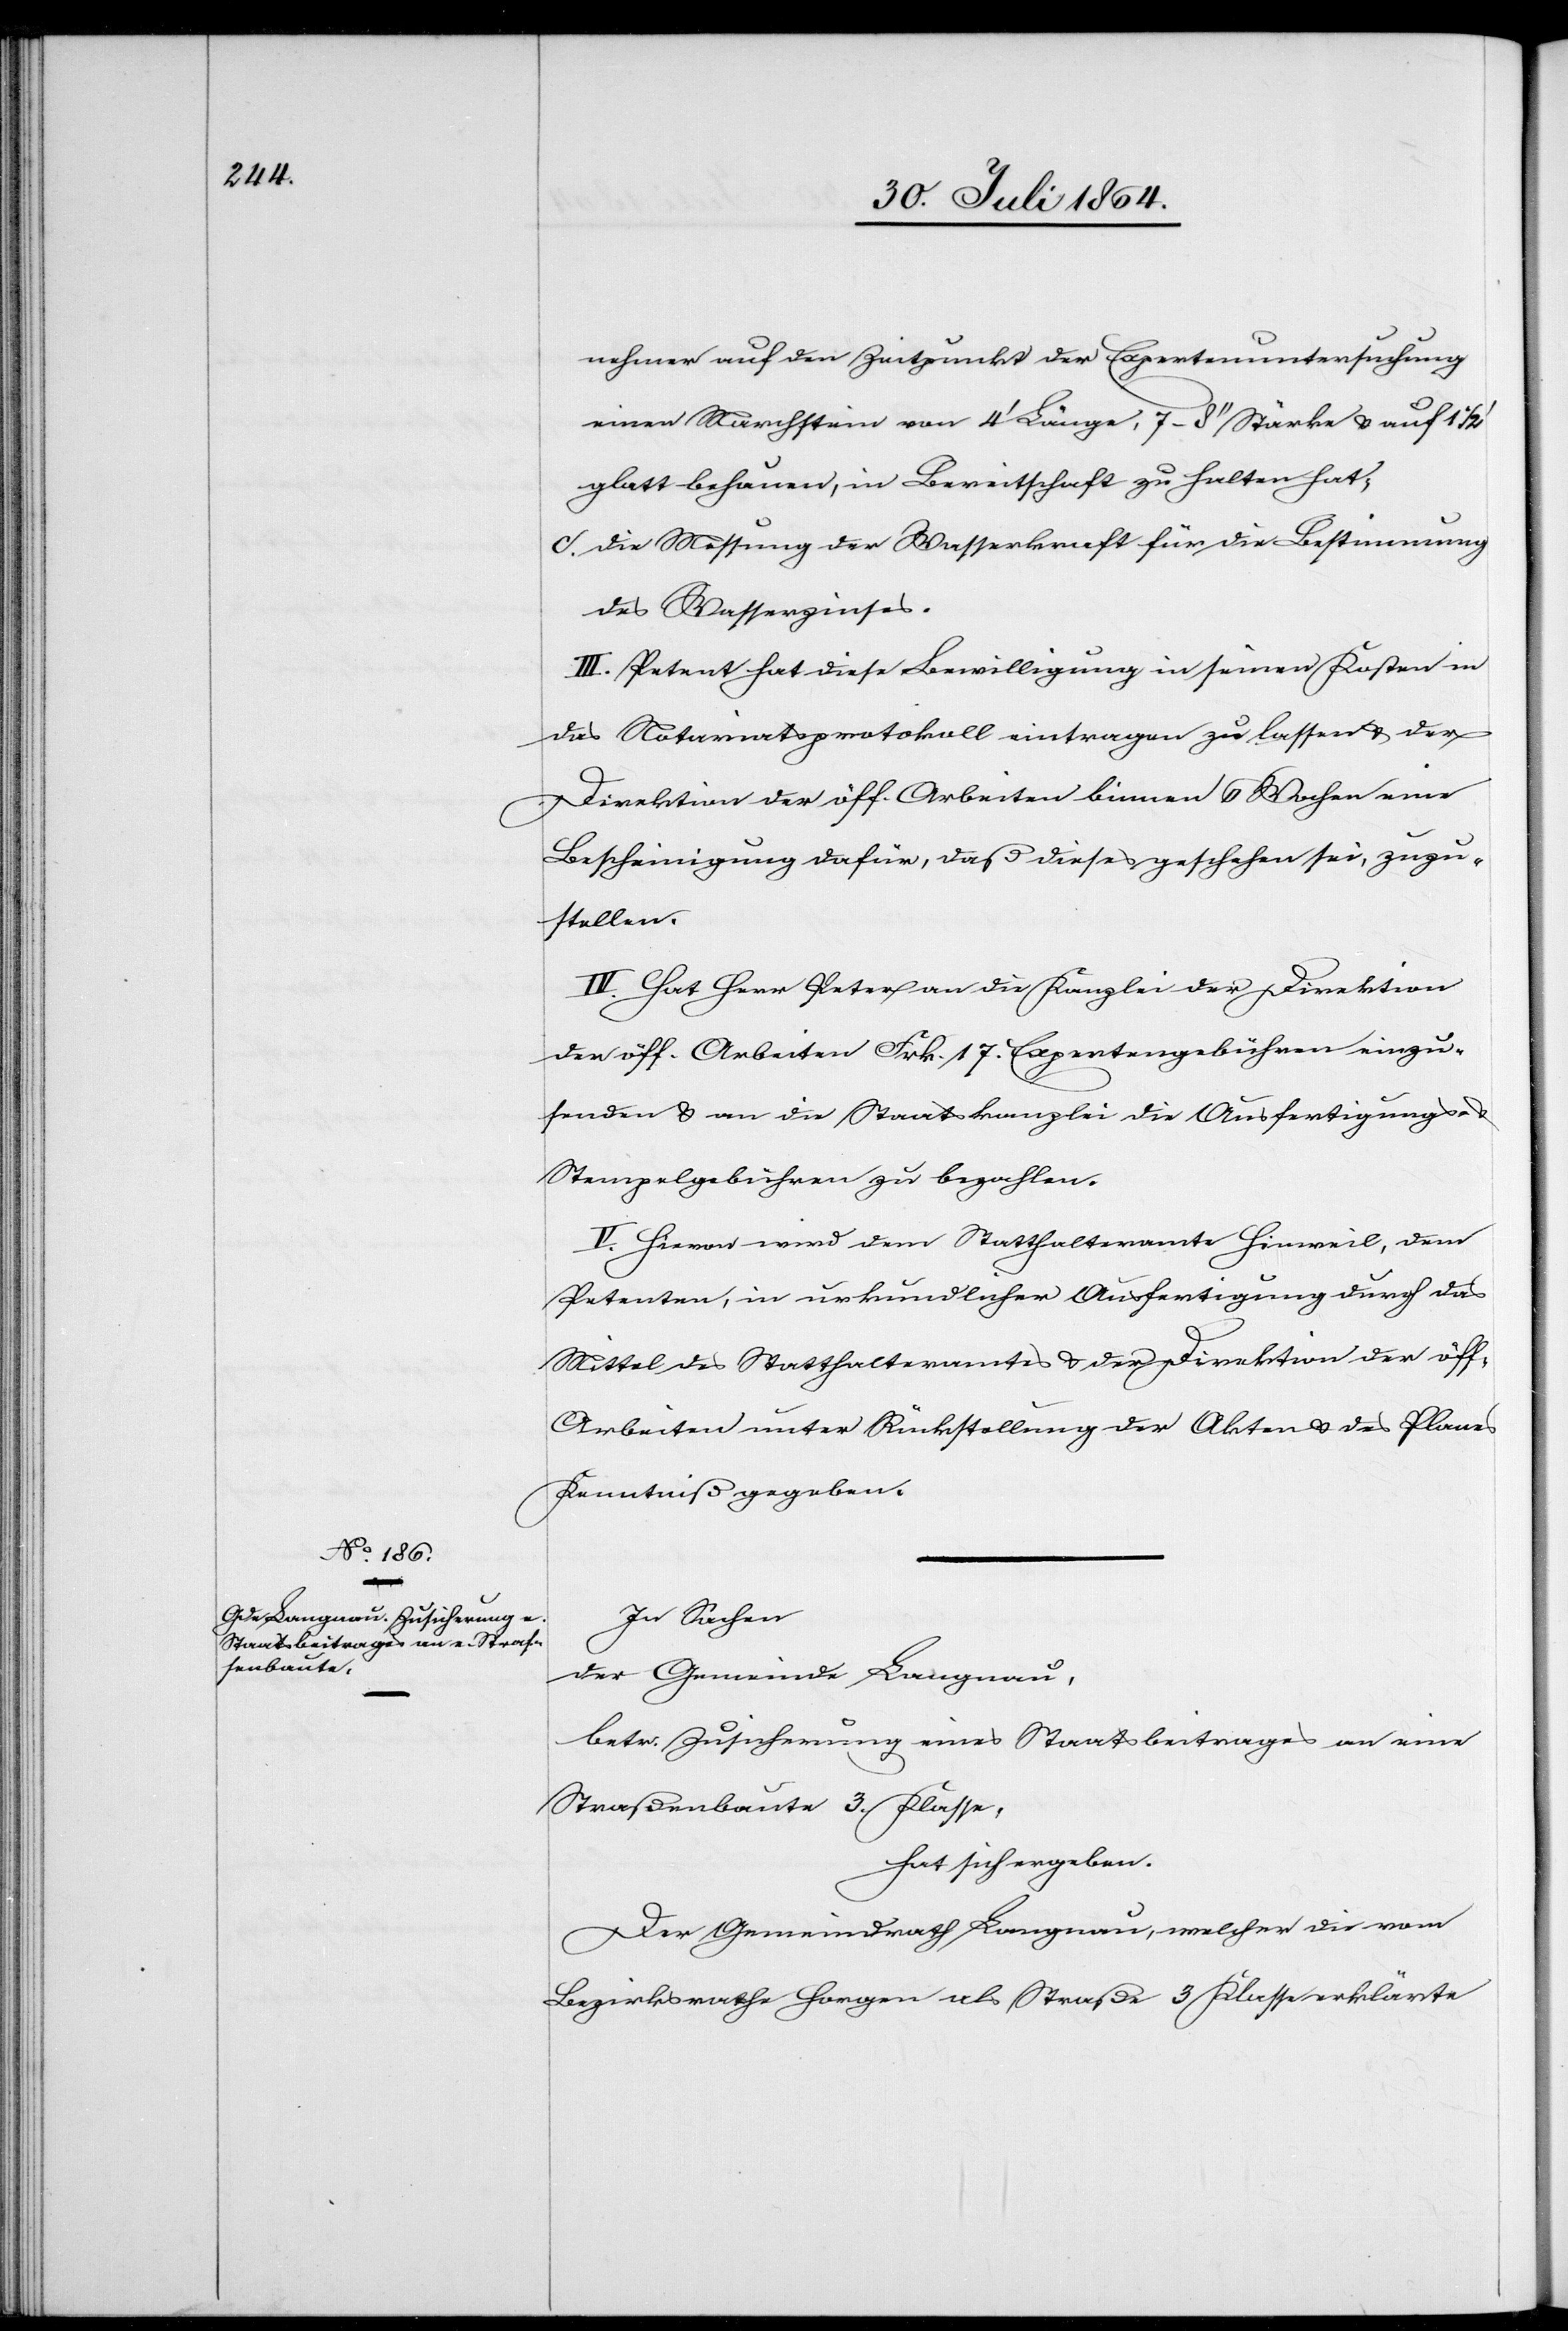
nehmer auf den Zeitpunkt der Expertenuntersuchung
einen Marchstein von 4’ Länge, 7–8’’ Stärke & auf 1
glatt behauen, in Bereitschaft zu halten hat;
c. die Messung der Wasserkraft für die Bestimmung
des Wasserzinses.
III. Petent hat diese Bewilligung in seinen Kosten in
das Notariatsprotokoll eintragen zu lassen & der
Direktion der öff. Arbeiten binnen 6 Wochen eine
Bescheinigung dafür, daß dieses geschehen sei, zuzu¬
stellen.
IV. Hat Herr Peter an die Kanzlei der Direktion
der öff. Arbeiten Frk. 17. Expertengebühren einzu¬
senden & an die Staatskanzlei die Ausfertigungs-
Stempelgebühren zu bezahlen.
V. Hievon wird dem Statthalteramt Hinweil, dem
Petenten, in urkundlicher Ausfertigung durch das
Mittel des Statthalteramtes & der Direktion der öff.
Arbeiten unter Rückstellung der Akten & des Planes
Kenntniß gegeben.
In Sachen
der Gemeinde Langnau,
betr. Zusicherung eines Staatsbeitrages an eine
Straßenbaute 3. Klasse,
hat sich ergeben:
Der Gemeindrath Langnau, welcher die vom
Bezirksrathe Horgen als Straße 3. Klasse erklärte